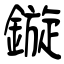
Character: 鏇